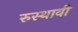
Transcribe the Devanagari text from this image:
रुस्थावी